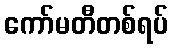
ကော်မတီတစ်ရပ်